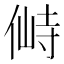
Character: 𰂛